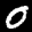
Label: 0